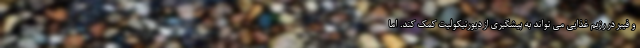
و فیبر در رژیم غذایی می تواند به پیشگیری از دیورتیکولیت کمک کند. اما